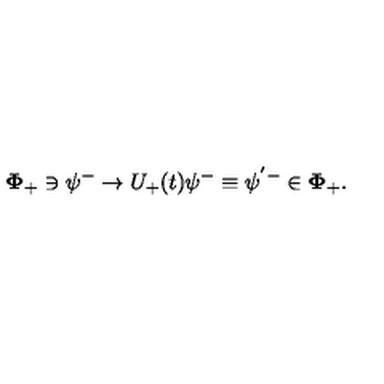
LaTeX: { \mathbf \Phi } _ { + } \ni \psi ^ { - } \to U _ { + } ( t ) \psi ^ { - } \equiv \psi ^ { ' - } \in { \mathbf \Phi } _ { + } .